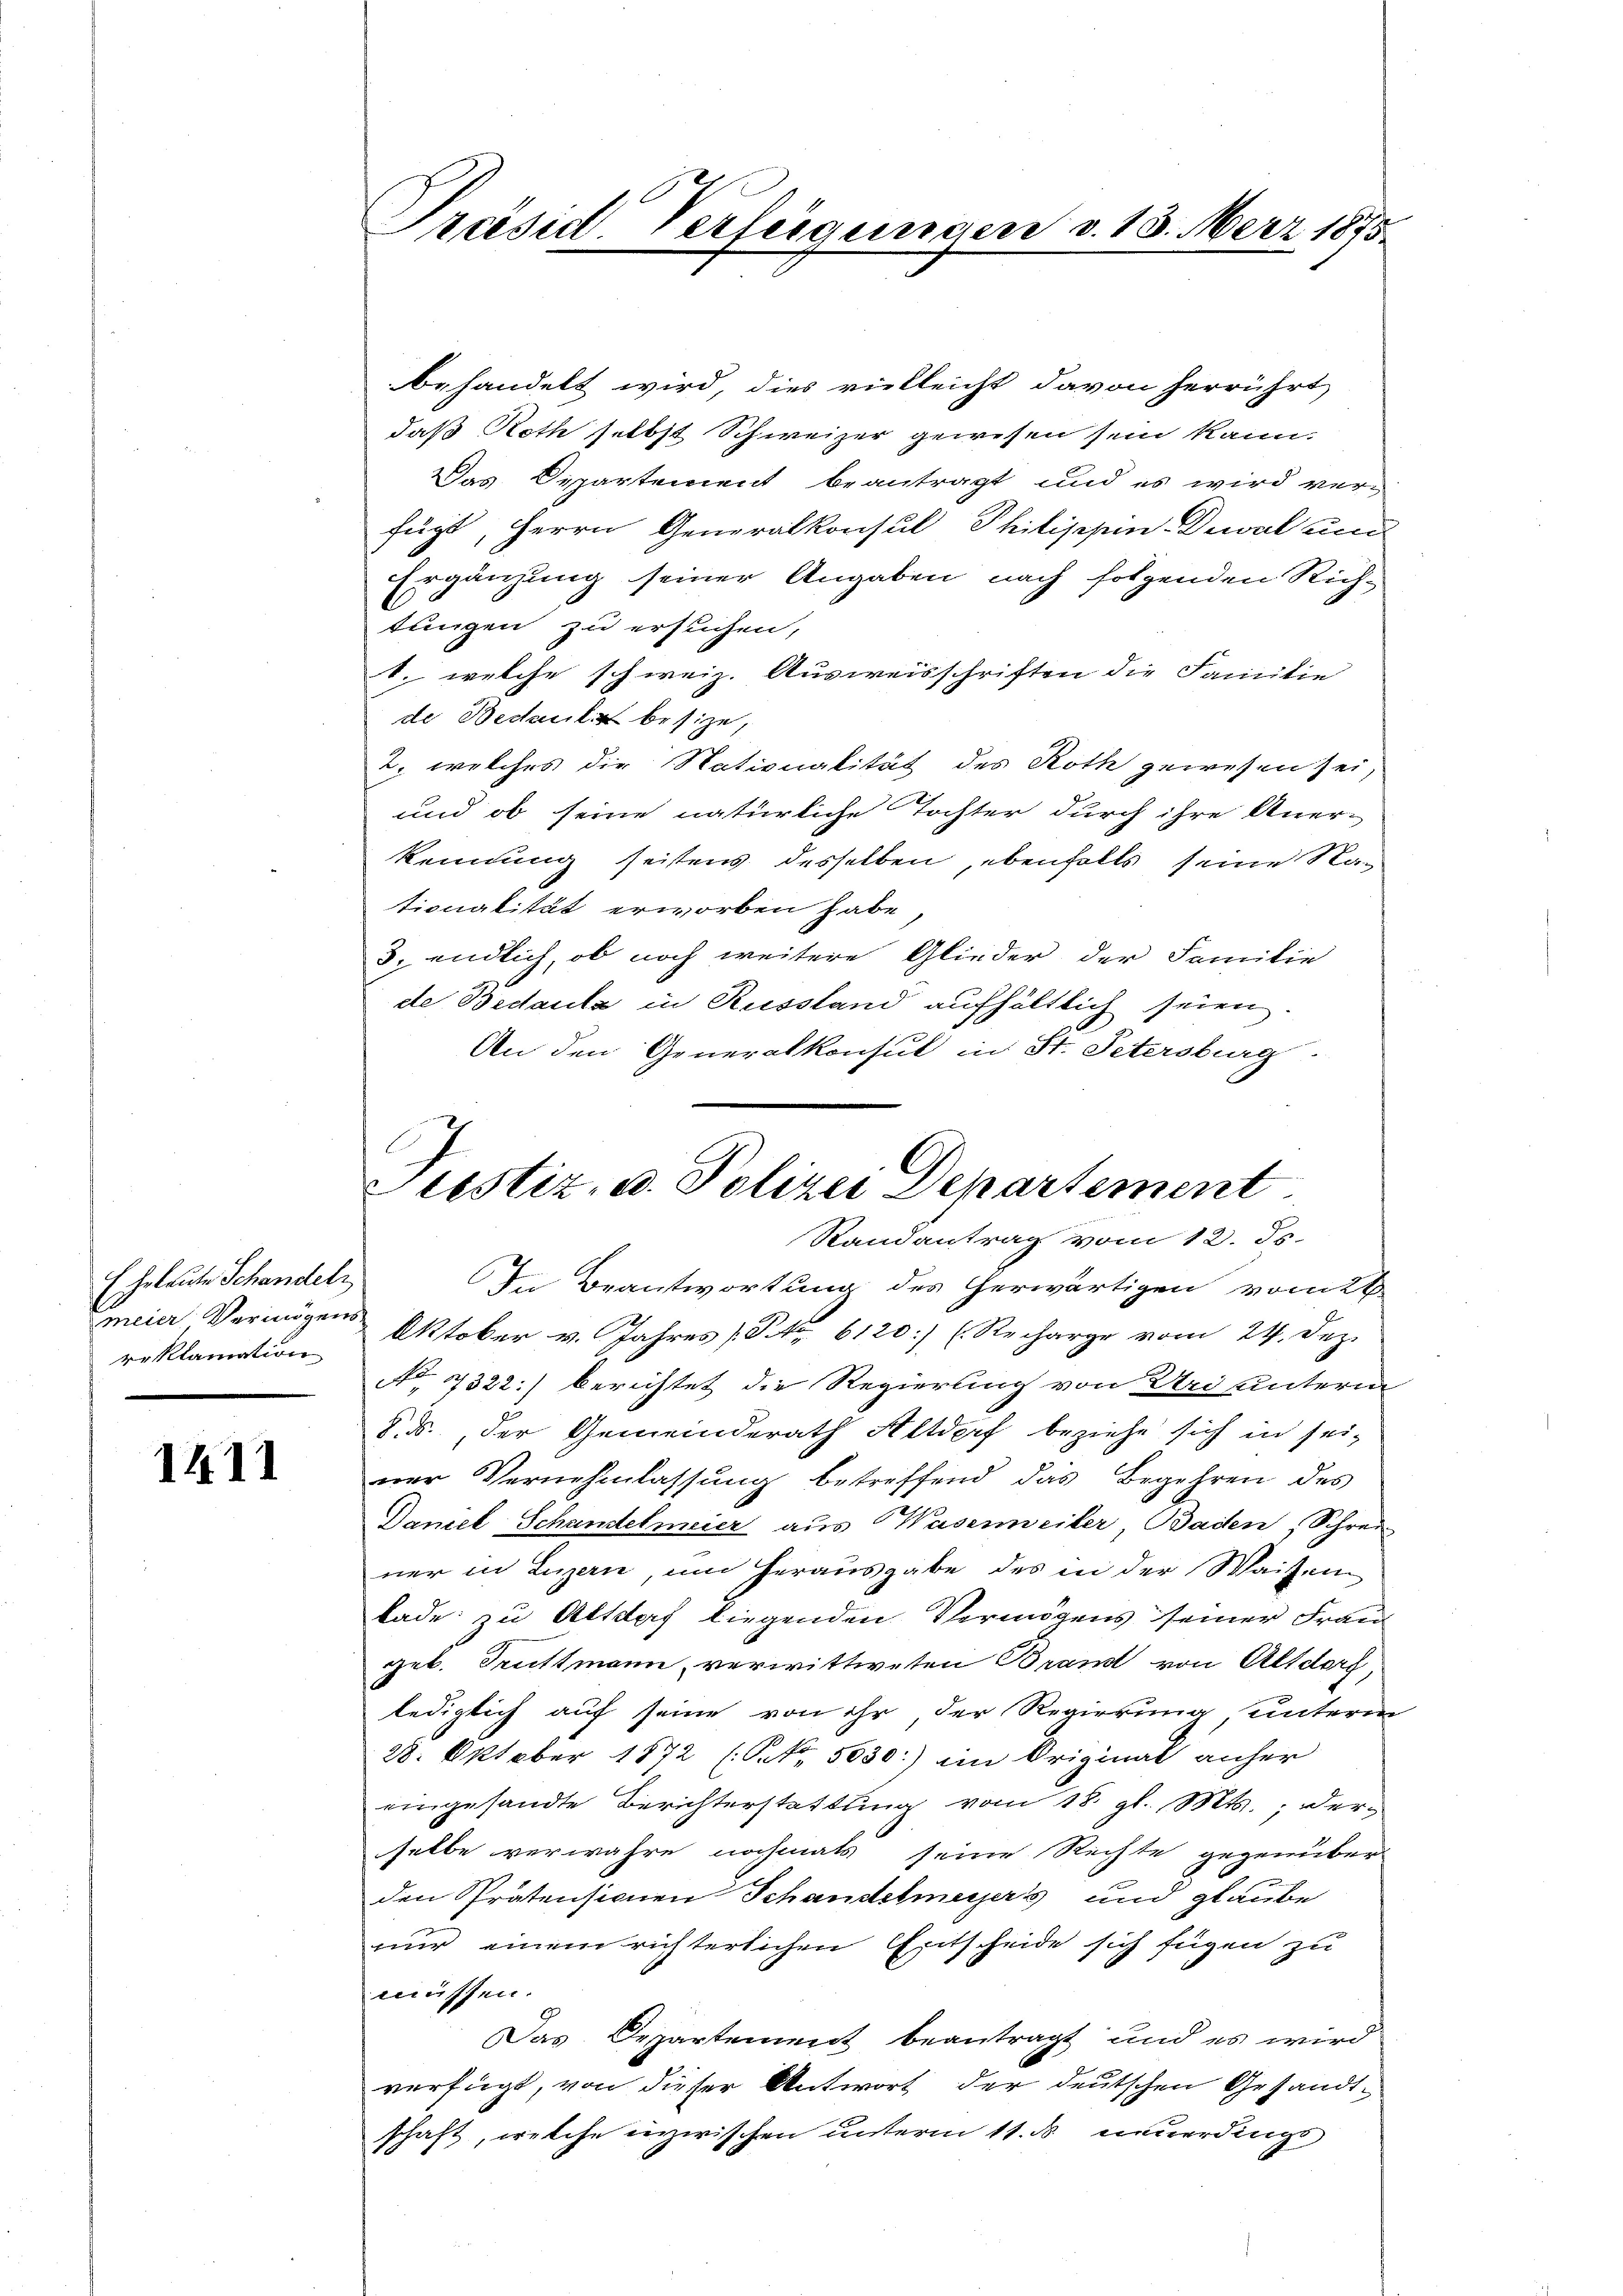
E Erleute Schandeln
reklamation

1411

behandelt wird, dies vielleicht davon herrührt
daß Roth selbst Schweizer gewesen sein kann.
Das Departement beantragt und es wird ver-
fügt, Herrn Generalkonsul Philischen Dawal und
Ergänzung seiner Angaben nach folgenden Rich¬
A
tungen zu ersuchen,
1. welche schweiz. Ausweisschriften die Familie
de Bedeute besize,
2. welches die Stationalität des Roth gewesen sei,
und ob seine natürliche Tochter durch ihre Anerkennung seitens desselben, ebenfalls seine Rationalität erworben habe,
3. endlich, ob noch weitere Glieder der Familie
de Bedaula in Russland aufhältlich seien.
An den Generalkonsul in St. Petersburg.

Präsid. Verfügungen v. 13. März 1875.

C
Justiz- u. Polizei Departement
Randantrag vom 12. ds.

In Beantwortung des herwärtigen vom 26
iar Vermögen Oktober v. Jahres (Str. 6120:/ (Recharge vom 24. Dez.
No 7322:] berichtet die Regierung von Uri unterm
§. ds., der Gemeinderath Altdorf beziehe sich in sei-
ner Vernehmlassung betreffend das Begehren des
Damel Schandelmeier aus Wasenweiler, Baden, Schrei
ner in Luzern, um herausgabe des in der Waisen
lade zu Altdorf liegenden Vermögens seiner Franz
geb. Truttmann verwittweten Bramt von Altdorf,
lediglich auf seine von ihr der Regierung, unterm
28. Oktober 1872 (Nr. 5030:) ein Original anher
eingesandte Berichterstattung vom 18. gl. Mts., derselbe verwahre nochmals seine Rechte gegenüber
den Prätensionen Schandelmeyers und glaube
nur einem richterlichen Entscheide sich fügen zu
müssen.
Das Departement beantragt und es wird
verfügt, von dieser Antwort der deutschen Gesandt-
schaft, welche inzwischen unterm 11. ds neuerdings